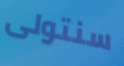
سنتولى